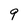
Character: 9